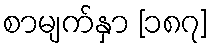
စာမျက်နှာ [၁၈၇]